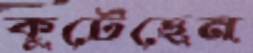
কুটেছেন